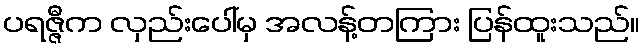
ပရဇ္ဇီက လှည်းပေါ်မှ အလန့်တကြား ပြန်ထူးသည်။